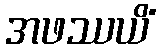
အဖဿယိံ